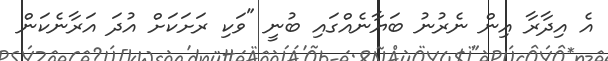
އެ އިދާރާ އިން ނެރުނު ބަޔާނެއްގައި ބުނީ "ވަކި ރަށަކަށް އުދަ އަރާނެކަން